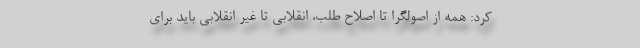
کرد: همه از اصولگرا تا اصلاح طلب، انقلابی تا غیر انقلابی باید برای